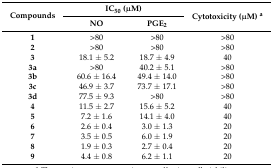
| <ROWSPAN=2> Compounds | <COLSPAN=2> IC50 (μM) | <ROWSPAN=2> Cytotoxicity (μM) a |
 | NO | PGE2 |
 | --- | --- | --- | --- |
 | 1 | >80 | >80 | >80 |
 | 2 | >80 | >80 | >80 |
 | 3 | 18.1 ± 5.2 | 18.7 ± 4.9 | 40 |
 | 3a | >80 | 40.2 ± 5.1 | >80 |
 | 3b | 60.6 ± 16.4 | 49.4 ± 14.0 | >80 |
 | 3c | 46.9 ± 3.7 | 73.7 ± 17.1 | >80 |
 | 3d | 77.5 ± 9.3 | >80 | >80 |
 | 4 | 11.5 ± 2.7 | 15.6 ± 5.2 | 40 |
 | 5 | 7.2 ± 1.6 | 14.1 ± 4.0 | 40 |
 | 6 | 2.6 ± 0.4 | 3.0 ± 1.3 | 20 |
 | 7 | 3.5 ± 0.5 | 6.0 ± 1.9 | 20 |
 | 8 | 1.9 ± 0.3 | 2.7 ± 0.4 | 20 |
 | 9 | 4.4 ± 0.8 | 6.2 ± 1.1 | 20 |